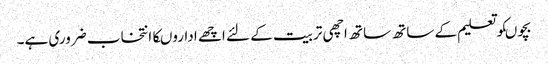
بچوںکوتعلیم کے ساتھ ساتھ اچھی تربیت کے لئے اچھے اداروںکاانتخاب ضروری ہے۔